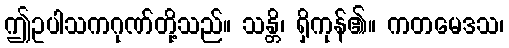
ဤဥပါသကဂုဏ်တို့သည်။ သန္တိ၊ ရှိကုန်၏။ ကတမေဒသ၊